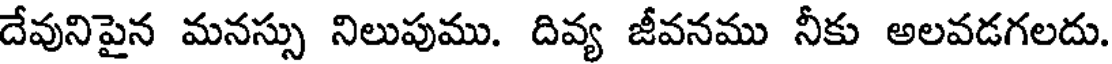
దేవునిపైన మనస్సు నిలుపుము. దివ్య జీవనము నీకు అలవడగలదు.